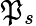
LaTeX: \mathfrak{P}_{s}